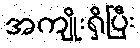
အကျိုးရှိပြီး